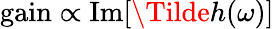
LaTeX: \mathrm{gain}\propto\mathrm{Im}[\Tilde{h}(\omega)]